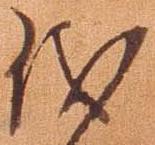
儀